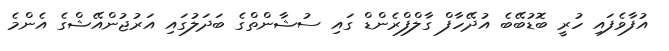
އުފާވެފައި ހުރީ ބޮޑުބޭބެ އުދޭހާފް ގާލްފްރެންޑް ގައި ސުޝާންތްގެ ބަދަލުގައި އަރުޖުންއޭޝްގެ އެންމެ